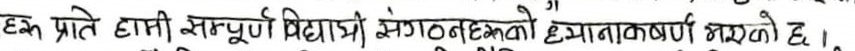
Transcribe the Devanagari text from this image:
एक प्रति हामी सम्पूर्ण विद्यार्थी संगठनको ध्यानाकर्षण गर्दछौं।